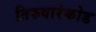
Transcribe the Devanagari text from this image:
तिरुवारंकोड